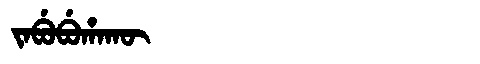
Manchu: ᠵᠠᠪᡠᠪᡠᡥᠠᡴᡡ
Romanization: JABUBUHAKŪ